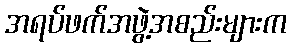
အရပ်ဖက်အဖွဲ့အစည်းများက